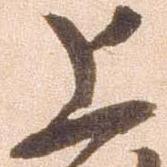
上